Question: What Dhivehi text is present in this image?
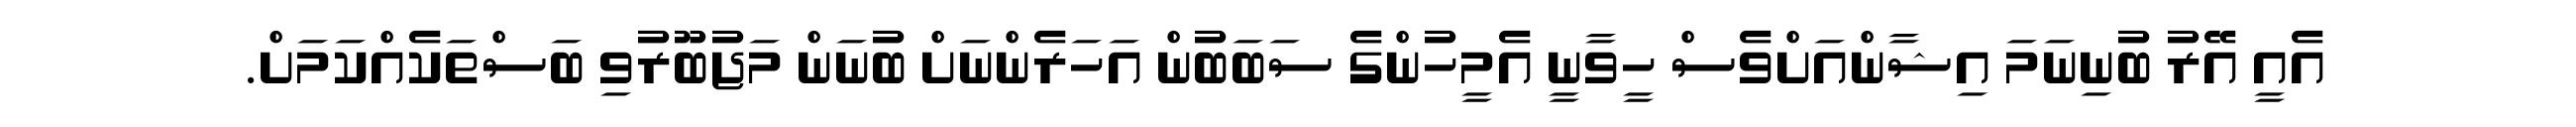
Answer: އެއީ އޭރު ބުނިނަމަ އިޝާންއަށްވެސް ހީވާނީ އެމީހުންގެ ސަބަބުން އަހަރެންނަށް ބުނަން މަޖުބޫރުވި ބަސްތަކެއްކަމަށް.